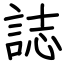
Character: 誌